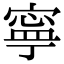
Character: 寧